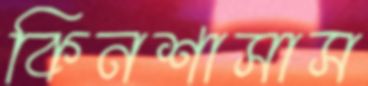
কিনশাসাস